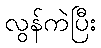
လွန်ကဲပြီး